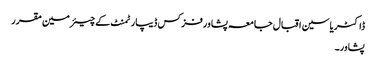
ڈاکٹریاسین اقبال جامعہ پشاورفزکس ڈیپارٹمنٹ کے چیئرمین مقرر
پشاور۔